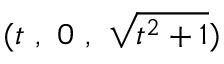
( t \ , \ 0 \ , \ { \sqrt { t ^ { 2 } + 1 } } )